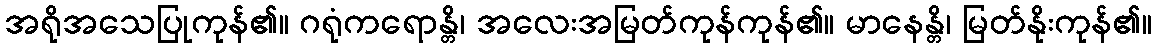
အရိုအသေပြုကုန်၏။ ဂရုံကရောန္တိ၊ အလေးအမြတ်ကုန်ကုန်၏။ မာနေန္တိ၊ မြတ်နိုးကုန်၏။